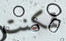
تمكنت